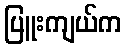
ပြူးကျယ်က